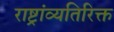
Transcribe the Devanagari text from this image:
राष्ट्रांव्यतिरिक्त